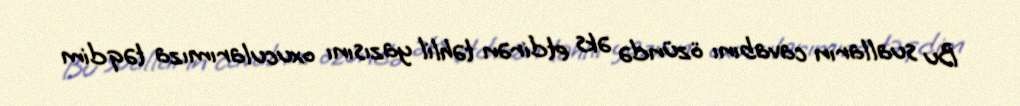
Bu sualların cavabını özündə əks etdirən təhlil yazısını oxucularımıza təqdim